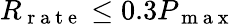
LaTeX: R_{\mathrm{~r~a~t~e~}}\leq 0.3P_{\mathrm{~m~a~x~}}